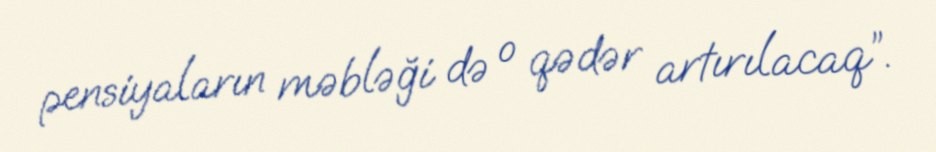
pensiyaların məbləği də o qədər artırılacaq”.